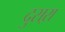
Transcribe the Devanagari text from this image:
दुसऱा